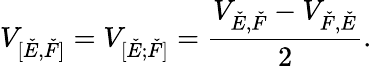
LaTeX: V_{[\check{E},\check{F}]}=V_{[\check{E};\check{F}]}=\frac{V_{\check{E},\check{F}}-V_{\check{F},\check{E}}}{2}.